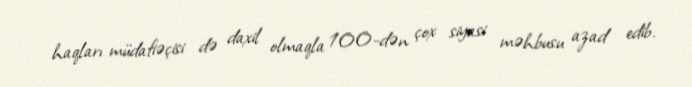
haqları müdafiəçisi də daxil olmaqla 100-dən çox siyasi məhbusu azad edib.